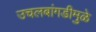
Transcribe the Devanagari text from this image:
उचलबांगडीमुळे